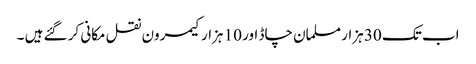
اب تک 30 ہزار مسلمان چاڈ اور 10 ہزار کیمرون نقل مکانی کر گئے ہیں ۔